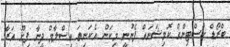
ބްރޯޑް ކާސްޓިންގް ކޮމިޝަނައް ފެނުނީ މިކަން އެކަނިތަ އިސްލާމް ދީނާ ފިށޫ އަރާ.